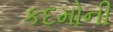
કદમોની